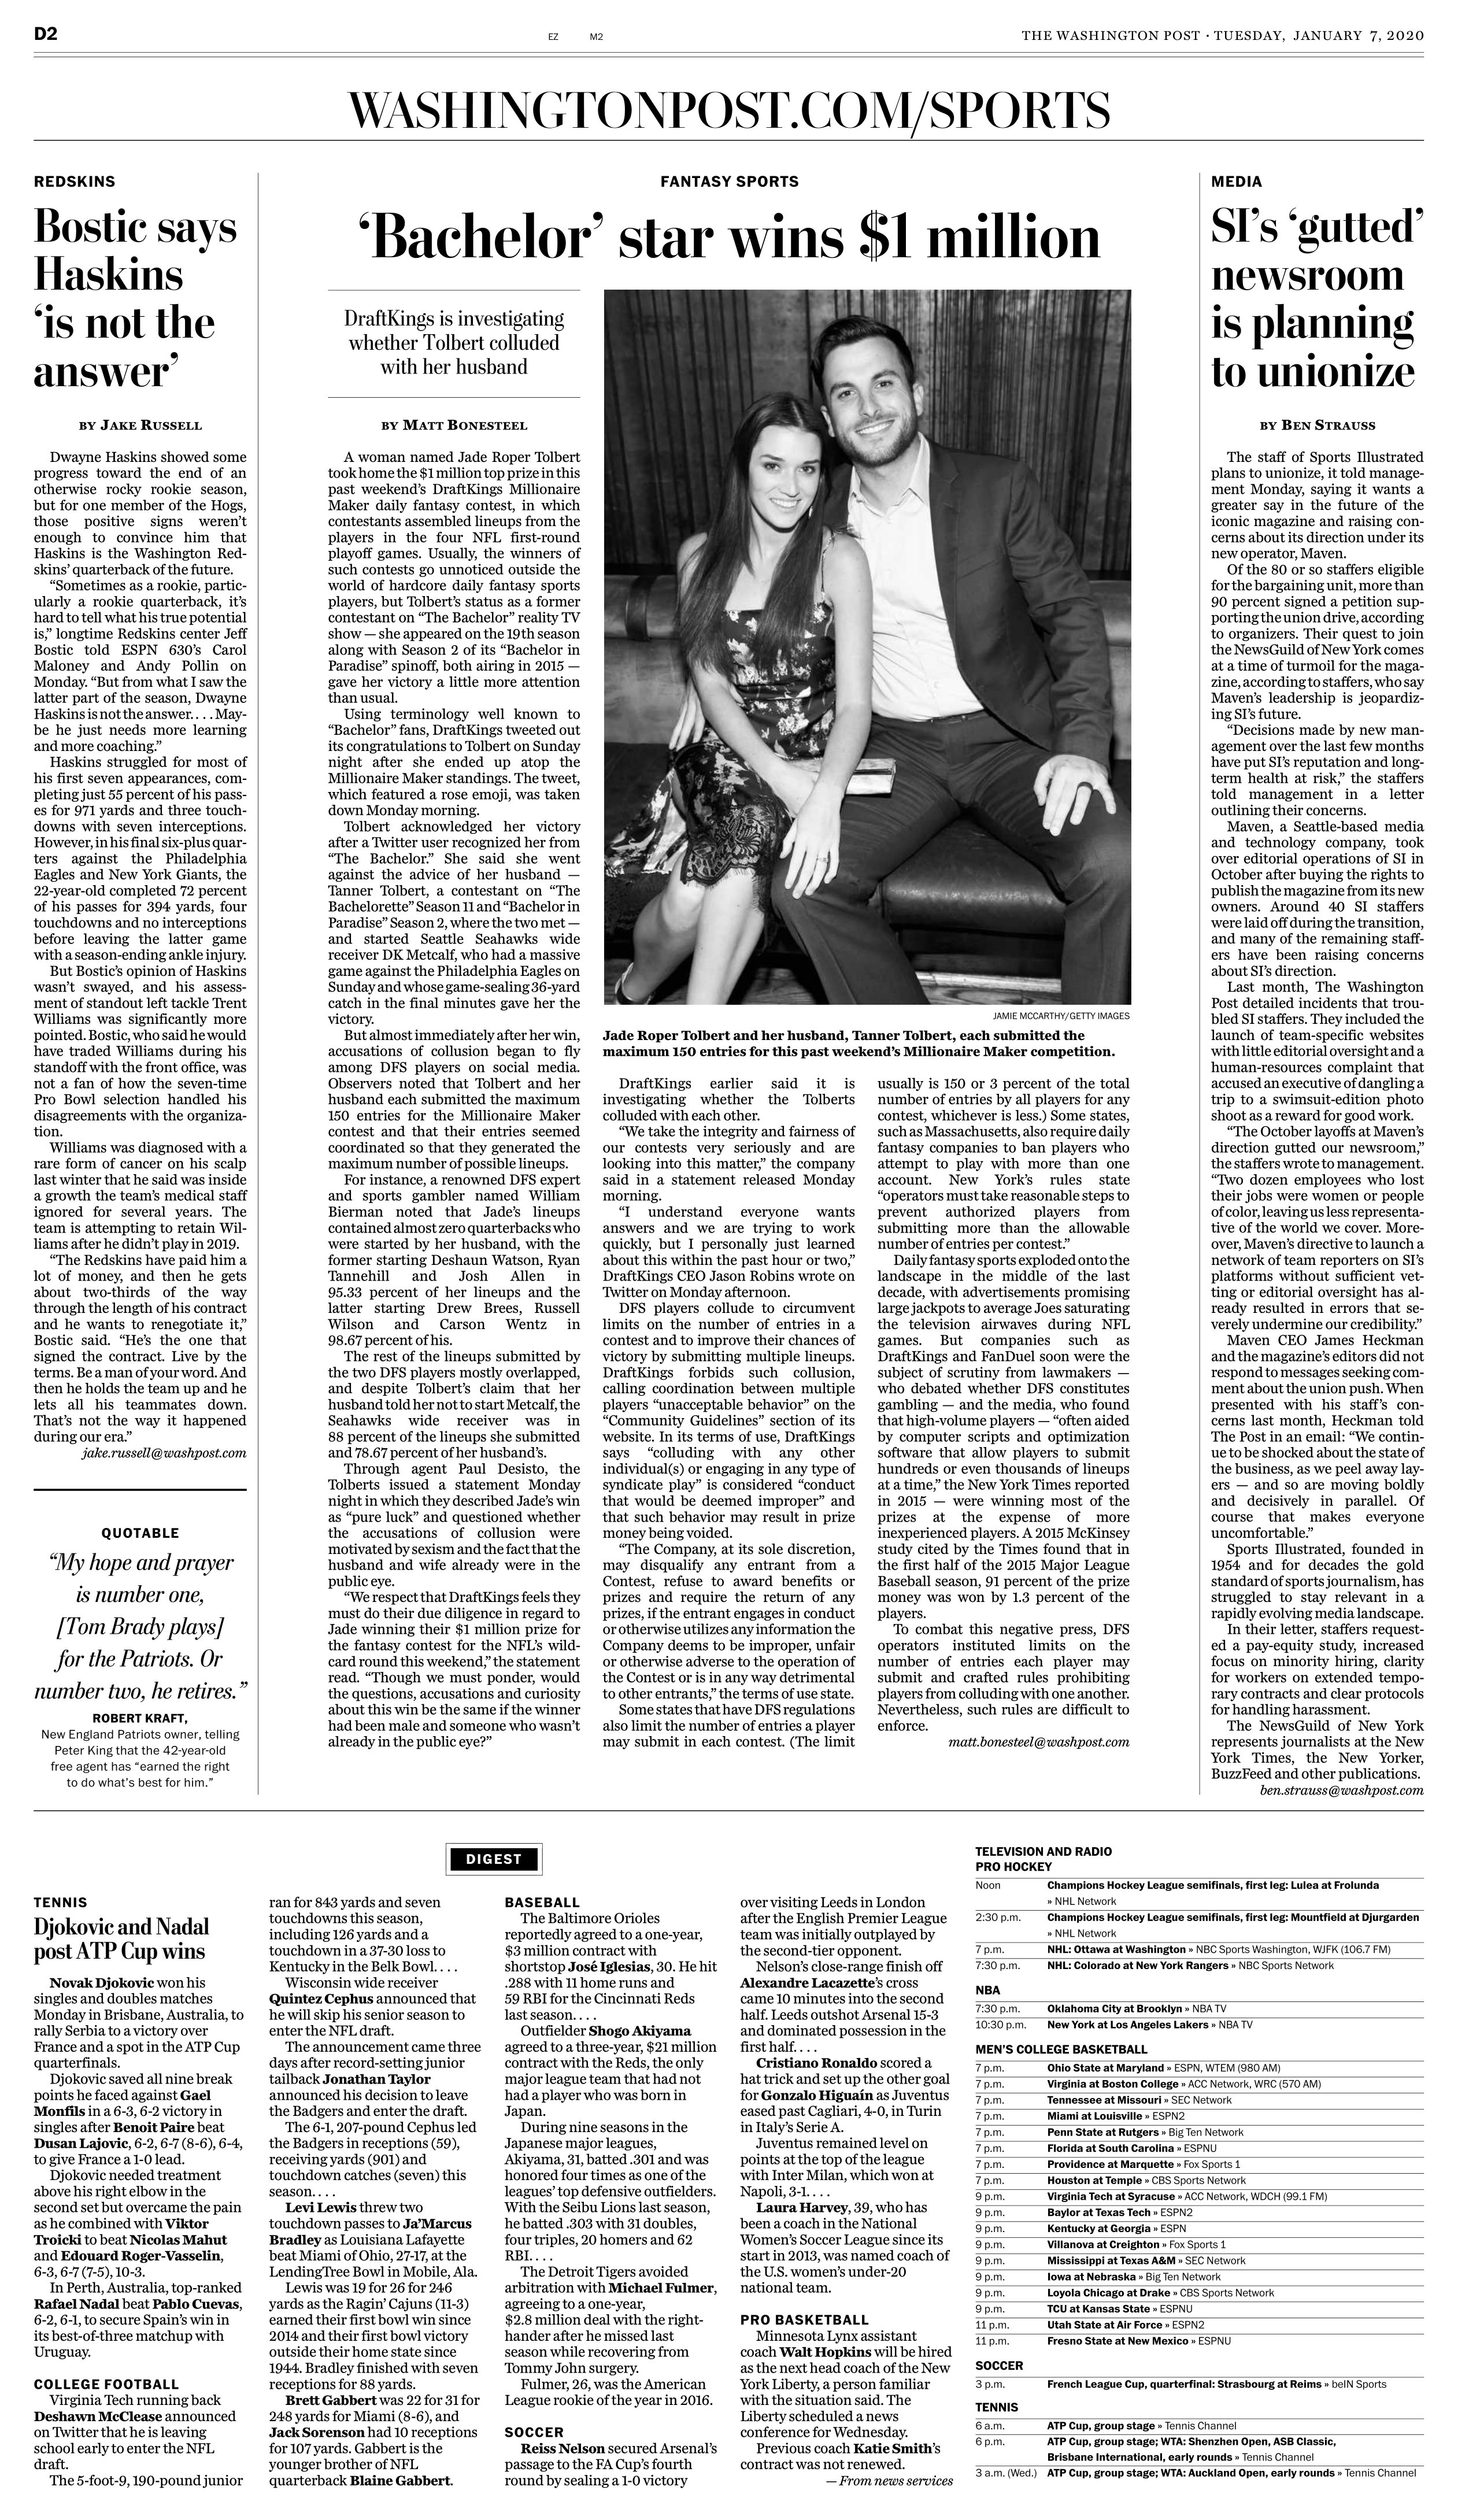
Language: en